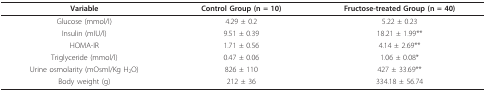
<table><thead><tr><td><b>Variable</b></td><td><b>Control Group (n = 10)</b></td><td><b>Fructose-treated Group (n = 40)</b></td></tr></thead><tbody><tr><td>Glucose (mmol/l)</td><td>4.29 ± 0.2</td><td>5.22 ± 0.23</td></tr><tr><td>Insulin (mIU/l)</td><td>9.51 ± 0.39</td><td>18.21 ± 1.99**</td></tr><tr><td>HOMA-IR</td><td>1.71 ± 0.56</td><td>4.14 ± 2.69**</td></tr><tr><td>Triglyceride (mmol/l)</td><td>0.47 ± 0.06</td><td>1.06 ± 0.08*</td></tr><tr><td>Urine osmolarity (mOsml/Kg H<sub>2</sub>O)</td><td>826 ± 110</td><td>427 ± 33.69**</td></tr><tr><td>Body weight (g)</td><td>212 ± 36</td><td>334.18 ± 56.74</td></tr></tbody></table>